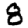
Digit: 8